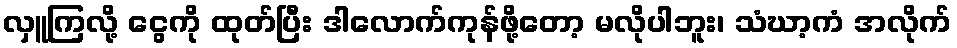
လှူကြလို့ ငွေကို ထုတ်ပြီး ဒါလောက်ကုန်ဖို့တော့ မလိုပါဘူး၊ သံဃာ့ကံ အလိုက်